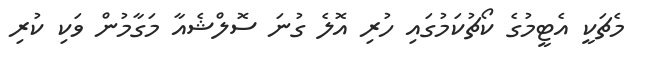
މެޗަކީ އެޓީމުގެ ކޯޗުކަމުގައި ހުރި އޮލެ ގުނަ ސޮލްޝެއާ މަގާމުން ވަކި ކުރި